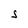
Character: S